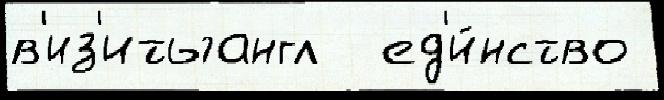
в'из'итыангл  ед'и́нство